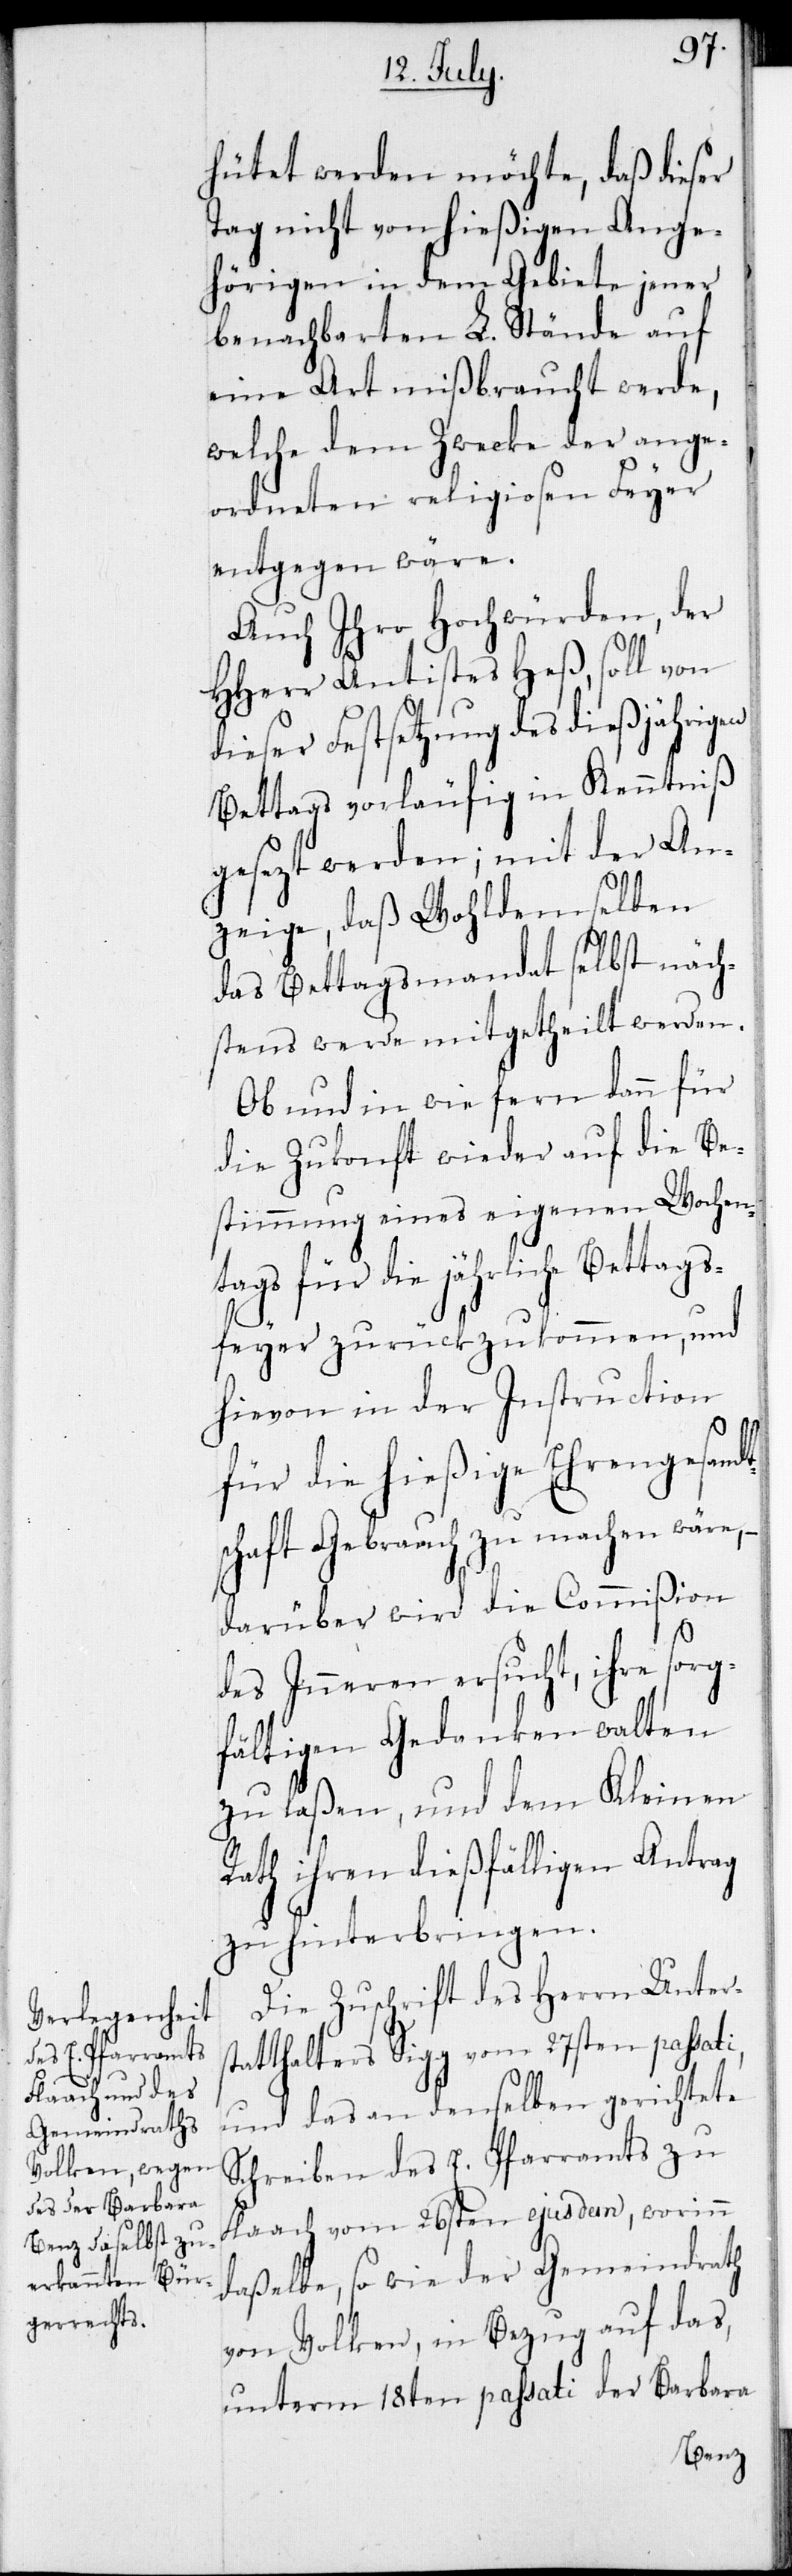
hütet werden möchte, daß dieser
Tag nicht von hießigen Ange¬
hörigen in dem Gebiete jener
benachbarten L. Stände auf
eine Art mißbraucht werde,
welche dem Zwecke der ange¬
ordneten religiosen Feyer
entgegen wäre.
Auch Ihro Hochwürden, der
HHerr Antistes Heß, soll von
dieser Festsetzung des dießjährigen
Bettags vorläufig in Kenntniß
gesezt werden; mit der An¬
zeige, daß Wohldemselben
das Bettagsmandat selbst näch¬
stens werde mitgetheilt werden.
Ob und inwiefern dann für
die Zukonft wieder auf die Be¬
stimmung eines eigenen Wochen¬
tags für die jährliche Betta¬
gsfeyer zurückzukommen, und
hievon in der Instruction
für die hießige Ehrengesand¬
schaft Gebrauch zu machen wäre, –
darüber wird die Commißion
t¬
des Inneren ersucht, ihre sorg¬
fältigen Gedanken walten
zu laßen, und dem Kleinen
Rath ihren dießfälligen Antrag
zu hinterbringen.
Die Zuschrift des Herrn Unters¬
tatthalters Sigg vom 27sten passati,
und das an denselben gerichtete
Schreiben des E. Pfarramts zu
Flaach vom 26sten ejusdem, worinn
daßelbe, so wie der Gemeindrath
von Volken, ein Bezug auf das,
unterm 18ten passati der Barbara